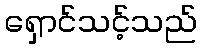
ရှောင်သင့်သည်